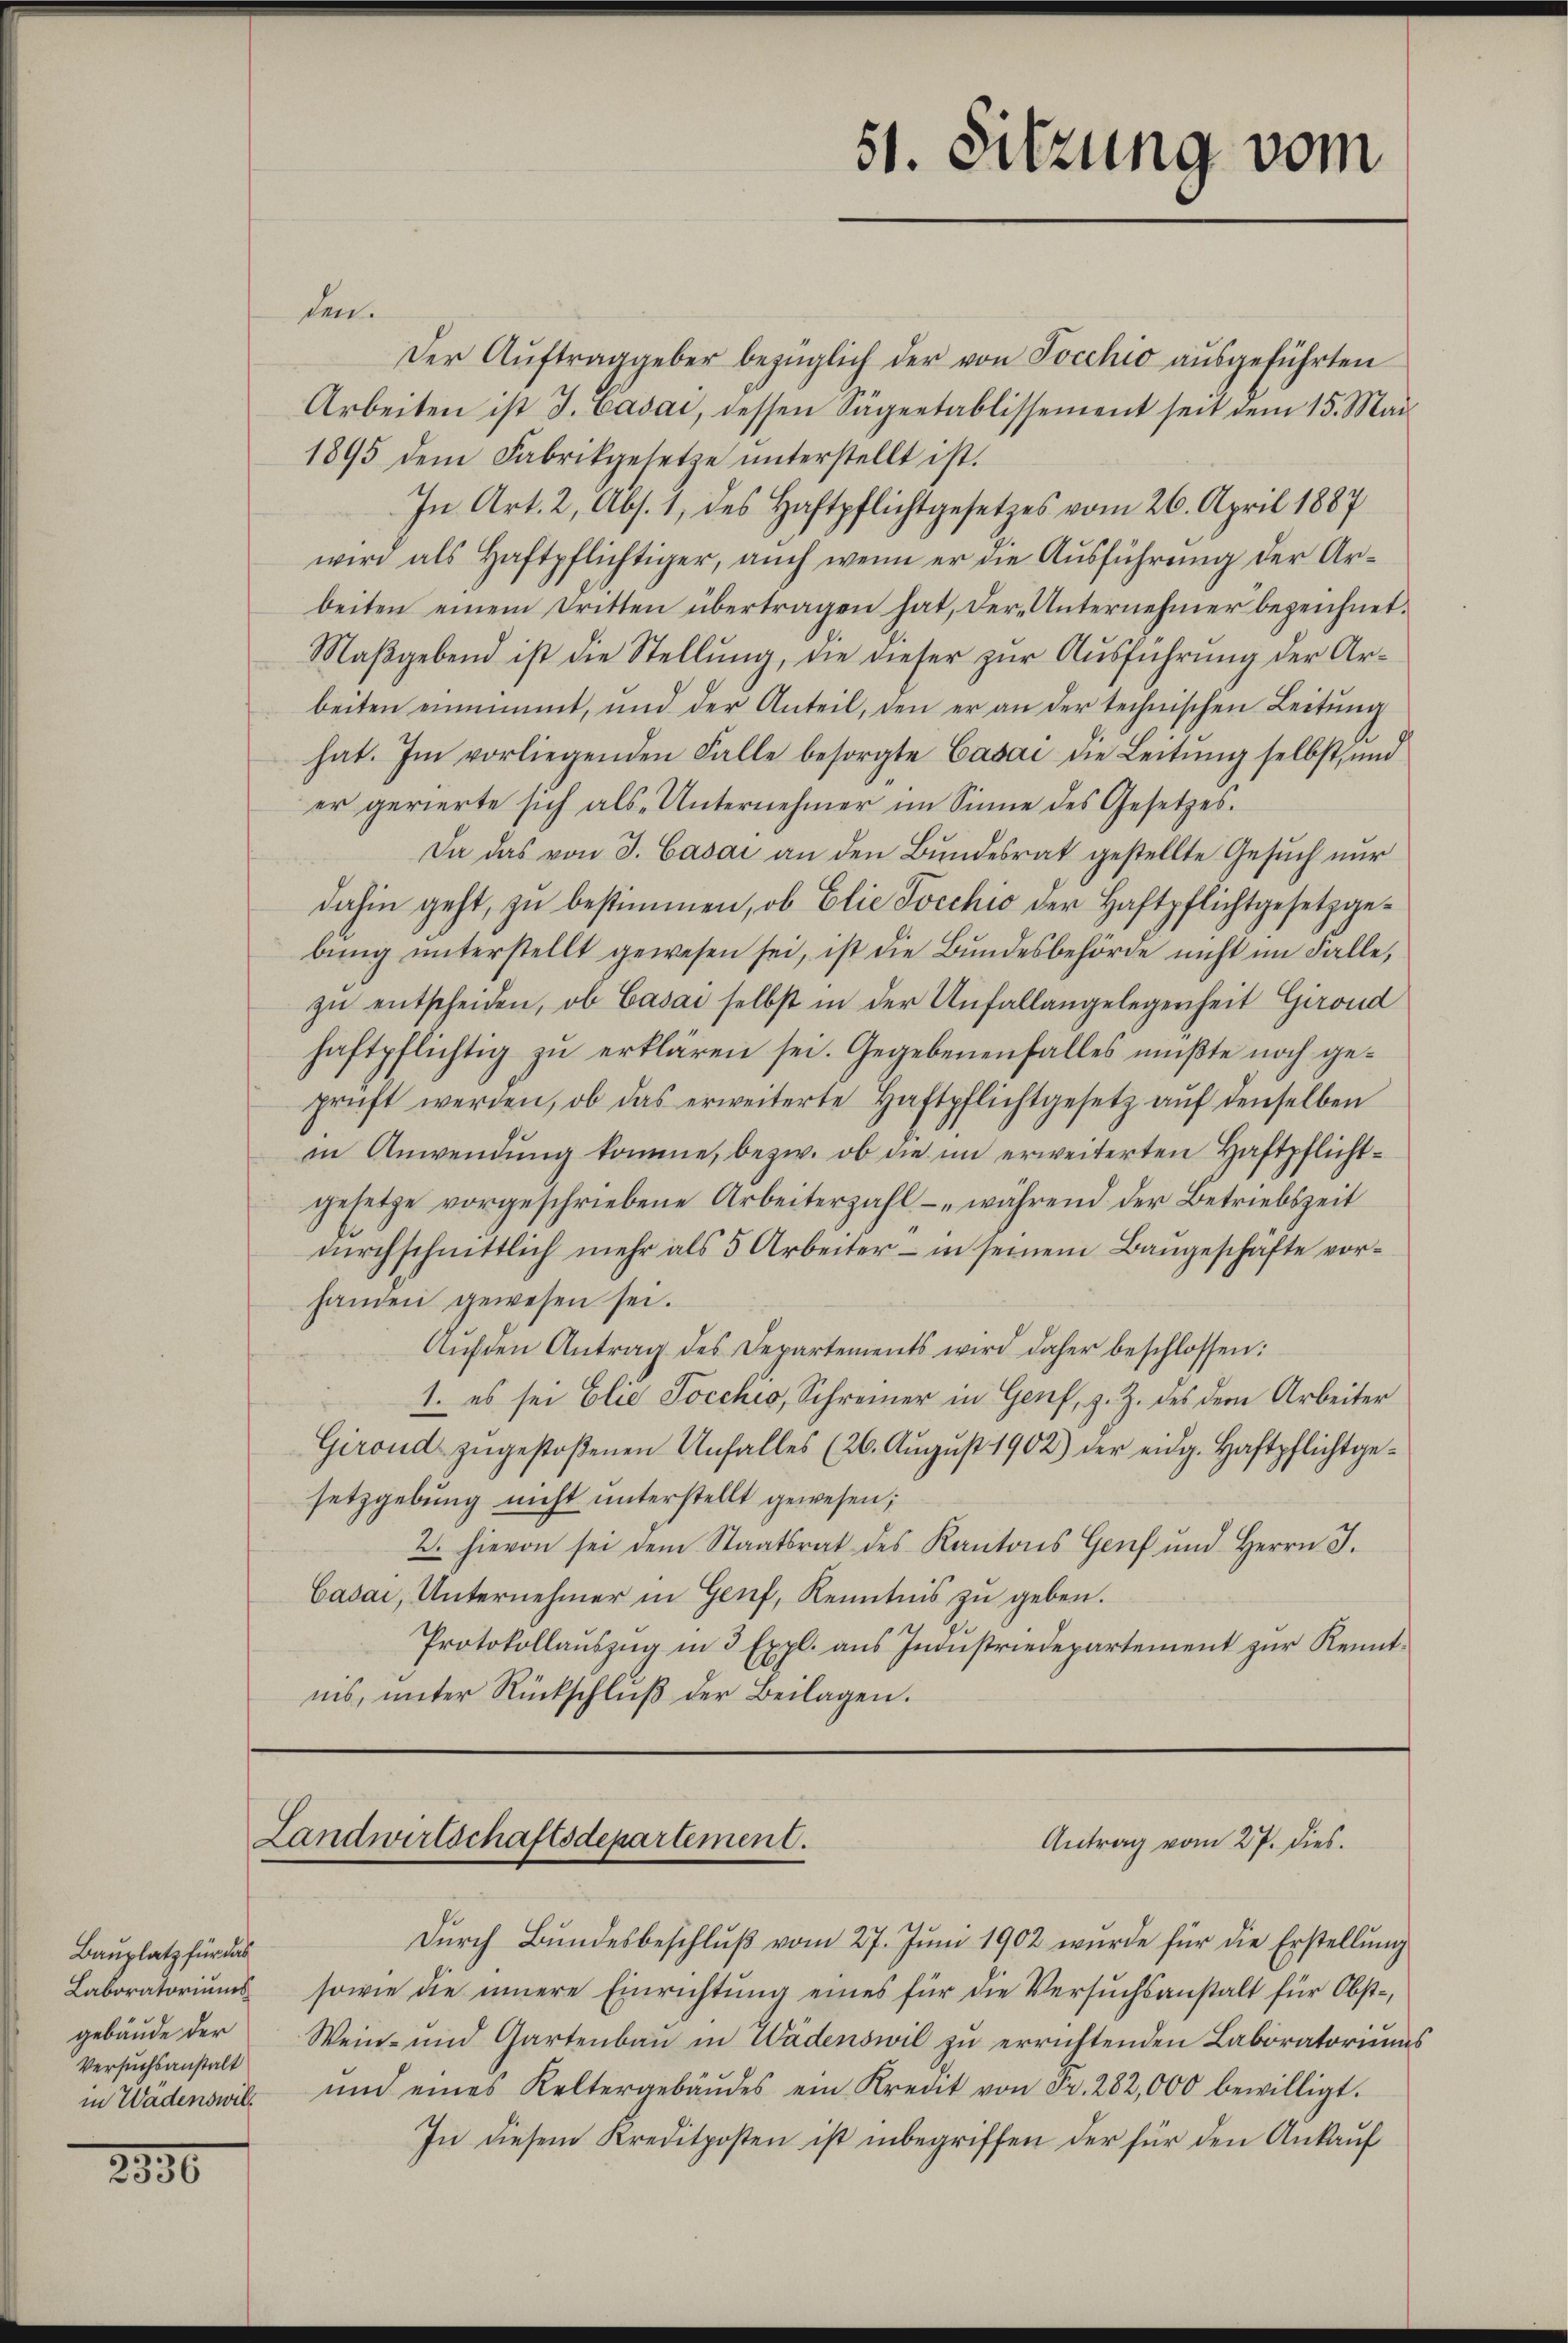
Bauplatz für das
Laboratoriums
gebäude der
Versuchsanstalt
in Wädenswill

2330

den.
Der Aŭftraggeber bezüglich der von Pocchio aŭsgeführten
Arbeiten ist d. Casai, dessen Sägeetablissement seit dem 15. Mai
1895 dem Fabrikgesetze ŭnterstellt ist.
In Art. 2, Abs. 1, des Haftpflichtgesetzes vom 26. April 1887
wird als Haftpflichtiger, aŭch wenn er die Aŭsführŭng der Arbeiten einem Dritten übertragen hat, der Unternehmer bezeichnet.
Maβgebend ist die Stellŭng, die dieser zŭr Aŭsführŭng der Ar-
beiten einnimmt, und der Anteil, den er an der technischen Leitung
hat. Im vorliegenden Falle besorgte Casai die Leitŭng selbst, und
er gerierte sich als Unternehmer im Sinne des Gesetzes.
Da das von J. Casai an den Bundesrat gestellte Gesuch nur
dahin geht, zu bestimmen, ob Elie Jocchio der Haftpflichtgesetzgebŭng ŭnterstellt gewesen sei, ist die Bŭndesbehörde nicht im Falle,
zŭ entscheiden, ob Casai selbst in der Unfallangelegenheit Girond
haftpflichtig zu erklären sei. Gegebenenfalles mußte noch geprüft werden, ob das erweiterte Haftpflichtgesetz aŭf denselben
in Anwendung komme, bezw. ob die im erweiterten Haftpflichtgesetze vorgeschriebene Arbeiterzahl während der Betriebszeit
dŭrchschnittlich mehr als 5 Arbeiter - in seinem Baŭgeschäfte vor-
fanden gewesen sei.
Aŭf den Antrag des Departements wird daher beschlossen:
1. es sei Elie Pocchio, Schreiner in Genf, z. Z. des dem Arbeiter
Girond zugestoßenen Unfalles (26. August 1902) der eidg. Haftpflichtgesetzgebung nicht unterstellt gewesen;
2. hievon sei dem Staatsrat des Kantons Genf und Herrn J.
Cadai, Unternehmer in Genf, Kenntnis zu geben.
Protokollaŭszŭg in 3 Expl. aus Industriedepartement zur Kenntnis, unter Rückschlŭβ der Beilagen.

51. Sitzung vom

Landwirtschaftsdepartement.
Antrag vom 27. dies.

Durch Bundesbeschluß vom 27. Juni 1902 wurde für die Erstellung
sowie die innere Einrichtŭng eines für die Versŭchsanstalt für Obst-
Wein- und Gartenbau in Wädenswil zu errichtenden Laboratoriums
ŭnd eines Keltergebäŭdes ein Kredit von Fr. 282,000 bewilligt.
In diesem Kreditposten ist inbegriffen der für den Ankauf